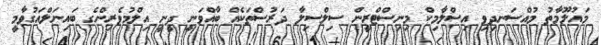
މައުލޫމާތު މުއްސަނދިވި އިސްލާމިކް މިނިސްޓްރީން ސިލްސިލާ ދަރުސްތަކެއް ބާއްވަނީ ދީނީ އިލްމުވެރިންގެ ބައިނަލްއަގުވާމީ